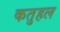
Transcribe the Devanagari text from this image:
कतुहल